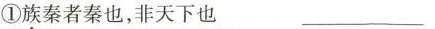
①族秦者秦也，非天下也 ___